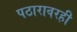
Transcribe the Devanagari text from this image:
पठारावरही